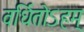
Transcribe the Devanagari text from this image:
वर्धितोऽहम्‌